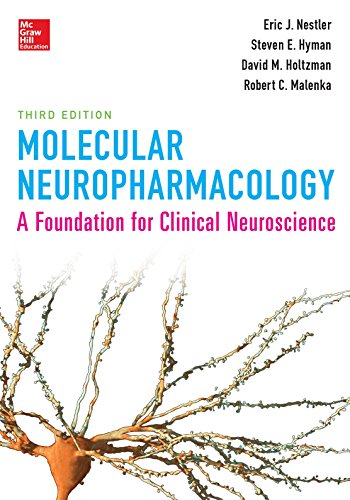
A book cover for Molecular Neuropharmacology: A Foundation for Clinical Neuroscience, Third Edition; Eric Nestler; Medical Books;